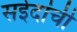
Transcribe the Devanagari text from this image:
सईदांची